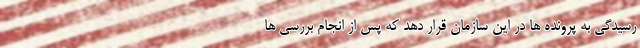
رسیدگی به پرونده ها در این سازمان قرار دهد که پس از انجام بررسی ها